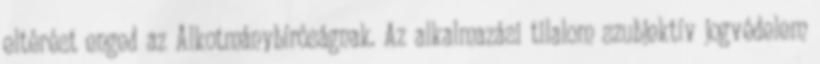
eltérést enged az Alkotmánybíróságnak. Az alkalmazási tilalom szubjektív jogvédelem